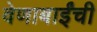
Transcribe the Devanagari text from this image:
वेणाबाईंची